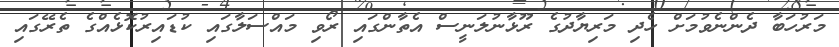
މަރުހަބާ ދެންނެވުމަށް ހެދި މަރިޔާދުގެ ރޫޅާނުލަނީސް އެތާންގައި ރޯވި މައްސަލާގައި ކުޑައިރުކޮޅެއްގެ ތެރޭގައި